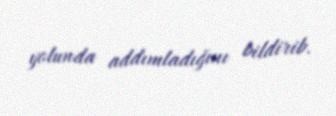
yolunda addımladığını bildirib.